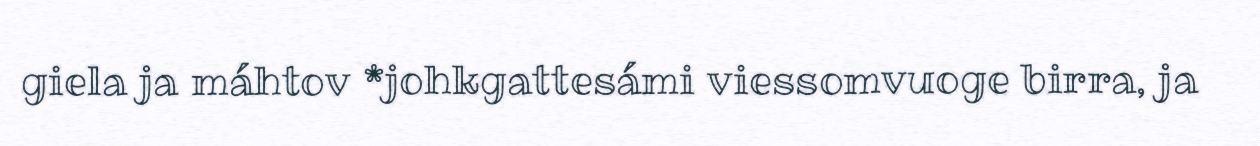
giela ja máhtov *johkgattesámi viessomvuoge birra, ja